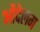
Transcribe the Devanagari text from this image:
ओंदेलग